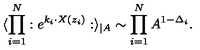
\langle \prod _ { i = 1 } ^ { N } : e ^ { k _ { i } \cdot X ( z _ { i } ) } : \rangle _ { \mid A } \sim \prod _ { i = 1 } ^ { N } A ^ { 1 - \Delta _ { i } } .